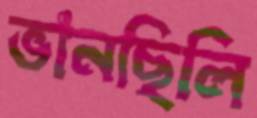
ভানছিলি